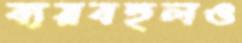
ব্যয়বহুলও